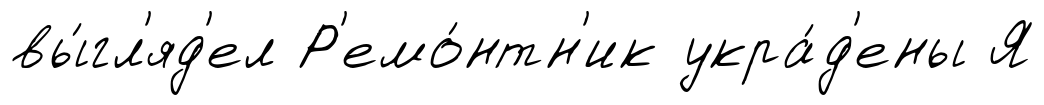
вы́гл'яд'ел Р'емо́нтн'ик укра́д'ены Я